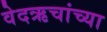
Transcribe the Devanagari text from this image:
वेदऋचांच्या